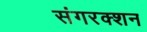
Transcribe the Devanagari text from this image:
संगरक्शन